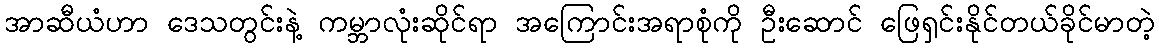
အာဆီယံဟာ ဒေသတွင်းနဲ့ ကမ္ဘာလုံးဆိုင်ရာ အကြောင်းအရာစုံကို ဦးဆောင် ဖြေရှင်းနိုင်တယ်ခိုင်မာတဲ့